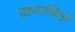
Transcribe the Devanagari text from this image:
ग्रहवासियों